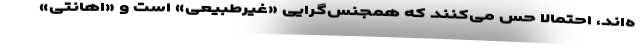
ه‌اند، احتمالاً حس می‌کنند که همجنس‌گرایی «غیرطبیعی» است و «اهانتی»